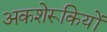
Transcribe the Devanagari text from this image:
अकशेरूकियों